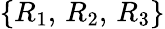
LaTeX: \{ R_{1},\, R_{2},\, R_{3}\}